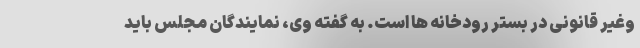
وغیر قانونی در بستر رودخانه ها است. به گفته وی، نمایندگان مجلس باید